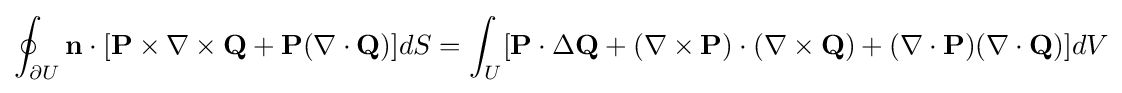
\oint _{\partial U}\mathbf {n} \cdot [\mathbf {P} \times \nabla \times \mathbf {Q} +\mathbf {P} (\nabla \cdot \mathbf {Q} )]dS=\int _{U}[\mathbf {P} \cdot \Delta \mathbf {Q} +(\nabla \times \mathbf {P} )\cdot (\nabla \times \mathbf {Q} )+(\nabla \cdot \mathbf {P} )(\nabla \cdot \mathbf {Q} )]dV